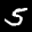
Label: 5